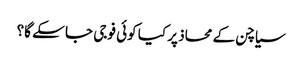
سیاچن کے محاذ پر کیا کوئی فوجی جا سکے گا؟